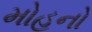
મોહનો